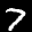
Label: 7